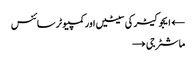
← ایجوکیٹر کی سیٹیں اور کمپیوٹر سائنس
ماشٹر جی →